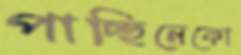
পাচ্ছিনেকো